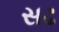
સઢ